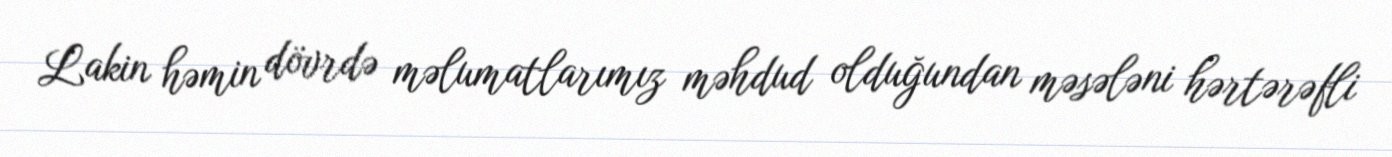
Lakin həmin dövrdə məlumatlarımız məhdud olduğundan məsələni hərtərəfli